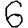
Digit: 6